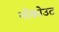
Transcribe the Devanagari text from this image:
नोकोउट